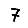
Digit: 7